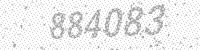
Solution: 884083